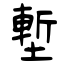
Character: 塹